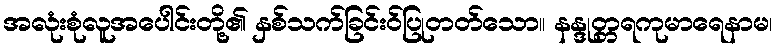
အလုံးစုံလူအပေါင်းတို့၏ နှစ်သက်ခြင်းဝ်ပြုတတ်သော။ နန္ဒုတ္တရကုမာရေနာမ၊